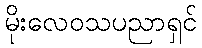
မိုးလေဝသပညာရှင်